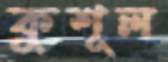
কুশূল